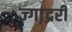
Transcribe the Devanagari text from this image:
ज्गा़द्ररी